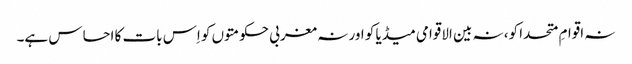
نہ اقوامِ متحدا کو، نہ بین الاقوامی میڈیا کو اور نہ مغربی حکومتوں کو اِس بات کا احساس ہے۔